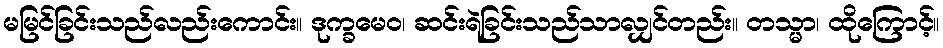
မမြင်ခြင်းသည်လည်းကောင်း။ ဒုက္ခမေဝ၊ ဆင်းရဲခြင်းသည်သာလျှင်တည်း။ တသ္မာ၊ ထိုကြောင့်။